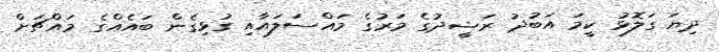
ދިޔަ ގަލޮޅު ކީމަ އަބުދު ރަޝީދުގެ މަރުގެ މައްސަލައާއި ގުޅިގެން ބައެއްގެ މައްޗަށް